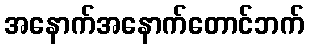
အနောက်အနောက်တောင်ဘက်